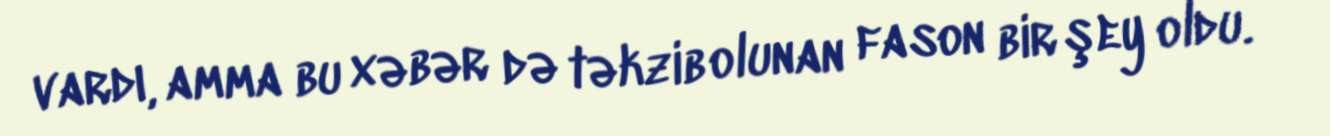
vardı, amma bu xəbər də təkzib olunan fason bir şey oldu.